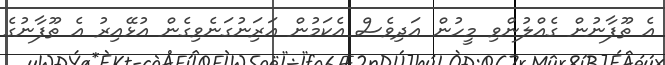
އެ ތޫފާނުން ގެއްލުންވި މީހުން އަދިވެސް އެކަމުން އަރަިނުގަނެވިގެން އުޅޭއިރު އެ ތޫފާނުގެ